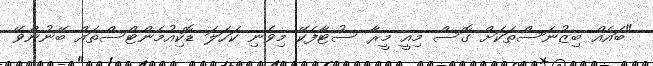
"ބައެއް ބިޒުނަސްތަކަށް ގޮސް މިއީ މީރާ ސުޓާފެކޭ މިވެނި ކަހަލަ ޑޮކިއުމެންޓްސްތައް ބޭނުންވޭ